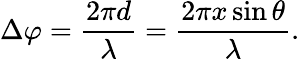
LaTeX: \Delta\varphi={\frac{2\pi d}{\lambda}}={\frac{2\pi x\sin\theta}{\lambda}}.